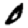
Digit: 0